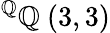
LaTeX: ^{\mathbb{Q}}\mathbb{Q}\ (3,3)